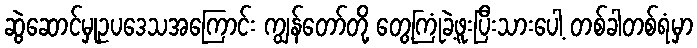
ဆွဲဆောင်မှုဥပဒေသအကြောင်း ကျွန်တော်တို့ တွေ့ကြုံခဲ့ဖူးပြီးသားပေါ့ တစ်ခါတစ်ရံမှာ